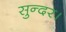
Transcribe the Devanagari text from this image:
सुन्दर।